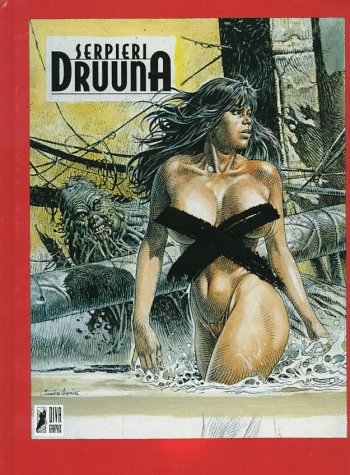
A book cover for Druuna X; Paolo E. Serpieri; Comics & Graphic Novels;